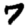
Digit: 7